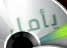
يأمل